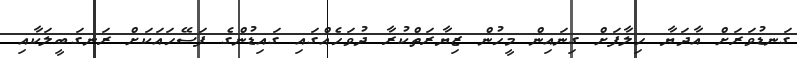
ގަނޑުވަރަށް އާދަޔާ ހިލާފަށް ގިނައިން މީހުން ޒިޔާރަތްކުރާ ދުވަހެއްގައި ގައިޑުންގެ ފަސޭހަައަކަށް ރަނގަބީލަކާއި